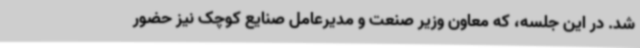
شد. در این جلسه، که معاون وزیر صنعت و مدیرعامل صنایع کوچک نیز حضور